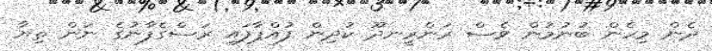
ދެން މިހެން ބުނުމުން ވެސް ރަންރީނދޫ ކުދިން ފުއްޕާފައި ރަސްގެފާނުގެ ނަން ތިޔާ